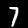
Label: 7